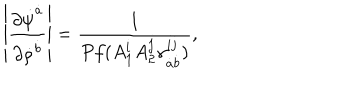
LaTeX: \left| { \frac { \partial \dot { \psi } ^ { \dot { a } } } { \partial \dot { \rho } ^ { \dot { b } } } } \right| = { \frac { 1 } { P f ( A _ { 1 } ^ { i } A _ { 2 } ^ { j } \gamma _ { \dot { a } \dot { b } } ^ { i j } ) } } ,